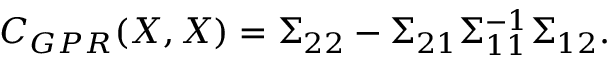
C _ { G P R } ( \boldsymbol { X } , \boldsymbol { X } ) = \Sigma _ { 2 2 } - \Sigma _ { 2 1 } \Sigma _ { 1 1 } ^ { - 1 } \Sigma _ { 1 2 } .